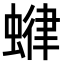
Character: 𧍶